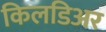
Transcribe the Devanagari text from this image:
किलडिअर